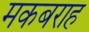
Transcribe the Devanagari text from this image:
मकबराह